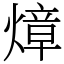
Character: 𤍤